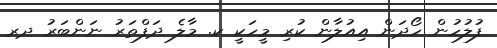
ފުލުހުން ހޯދަން އިއުލާން ކުރި މީހަކީ ކ. މާލެ ދަފްތަރު ނަންބަރު ދރ